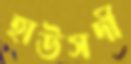
হাউসদী